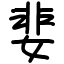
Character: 婓